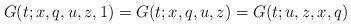
LaTeX: \begin{align*}G(t;x,q,u,z,1)&=G(t;x,q,u,z)=G(t;u,z,x,q)\end{align*}